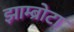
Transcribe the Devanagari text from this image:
झाम्ब्रोटा